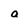
Character: a